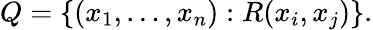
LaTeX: Q=\{ (x_{1},\ldots,x_{n}):R(x_{i},x_{j})\} .